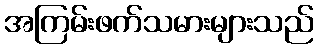
အကြမ်းဖက်သမားများသည်